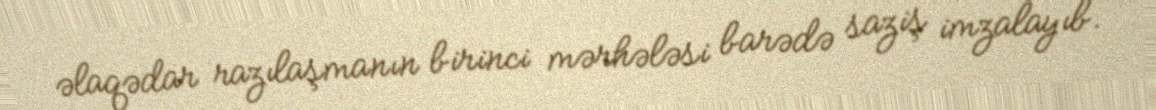
əlaqədar razılaşmanın birinci mərhələsi barədə saziş imzalayıb.